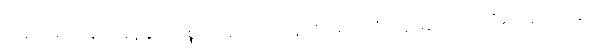
အောင်မျိုးသန့်က နန်နိုဒြပ်ပစ္စည်း နည်းလမ်းရှိလိမ့်မည် တံတွေးဆွတ်လိုက်ပြီး ကြည့်နေခြင်း